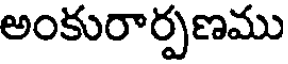
అంకురార్పణము